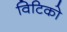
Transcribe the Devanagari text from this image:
विटिको